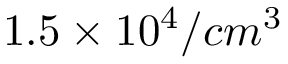
1 . 5 \times 1 0 ^ { 4 } / c m ^ { 3 }